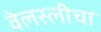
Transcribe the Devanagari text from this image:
वेलस्लीचा